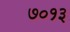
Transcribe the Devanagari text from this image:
७०१३